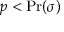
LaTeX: p < \Pr ( \sigma )